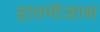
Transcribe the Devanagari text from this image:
हातमोजास